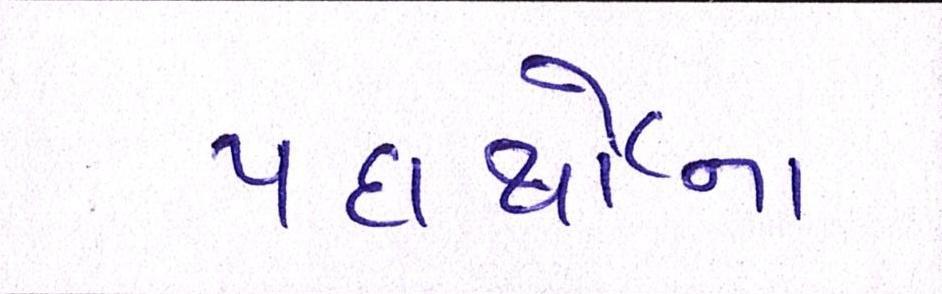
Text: પદાર્થોના